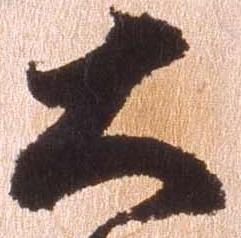
大